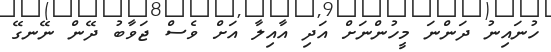
ހުނައިނު ދަންނަ މީހުންނަށް އަދި އާއިލާ އަށް ވެސް ޖަވާބު ދޭން ނޭނގޭ